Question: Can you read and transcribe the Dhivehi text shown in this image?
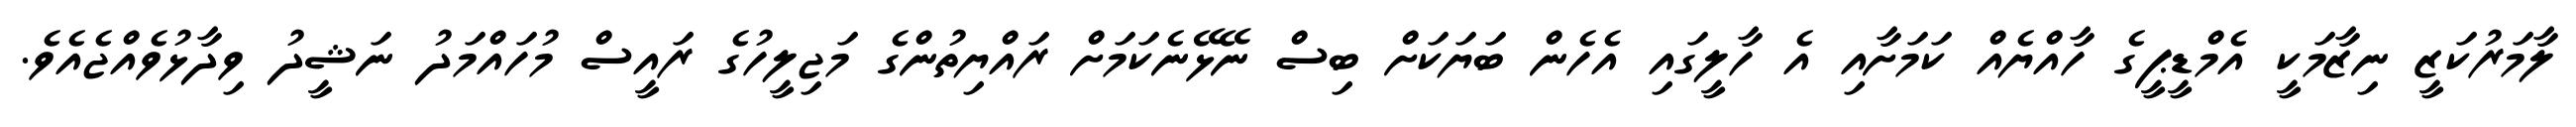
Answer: ލާމަރުކަޒީ ނިޒާމަކީ އެމްޑީޕީގެ ހާއްޔެއް ކަމަށާއި އެ ހާލީގައި އެހެން ބަޔަކަށް ބިސް ނޭޅޭނެކަމަށް ރައްޔިތުންގެ މަޖިލީހުގެ ރައީސް މުހައްމަދު ނަޝީދު ވިދާޅުވެއްޖެއެވެ.